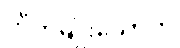
ကိုကိုမျိုးသော်က